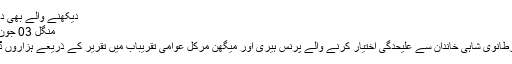
دیکھنے والے بھی دیکھتے ہی رہ گئے
منگل‬‮ 30 جون‬‮ 2020 | 17:18
شاہی حیثیت اور برطانوی شاہی خاندان سے علیحدگی اختیار کرنے والے پرنس ہیری اور میگھن مرکل عوامی تقریباب میں تقریر کے ذریعے ہزاروں ڈالرز کما رہے ہیں۔